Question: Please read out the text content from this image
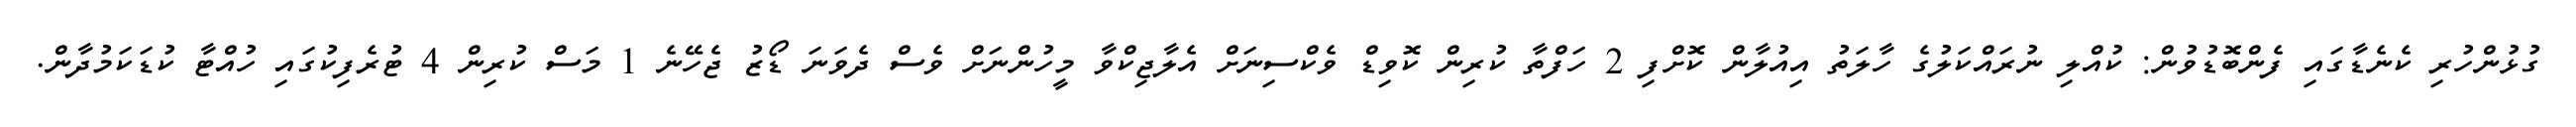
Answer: ގުޅުންހުރި ކެނެޑާގައި ފެންބޮޑުވުން: ކުއްލި ނުރައްކަލުގެ ހާލަތު އިއުލާން ކޮށްފި 2 ހަފްތާ ކުރިން ކޮވިޑް ވެކްސިނަށް އެލާޖިކްވާ މީހުންނަށް ވެސް ދެވަނަ ޑޯޒު ޖެހޭނެ 1 މަސް ކުރިން 4 ޓުރެފިކުގައި ހުއްޓާ ކުޑަކަމުދާން.